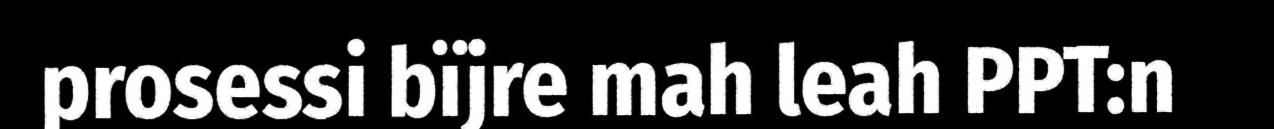
prosessi bïjre mah leah PPT:n